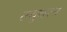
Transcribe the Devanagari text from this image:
ल्युथरन